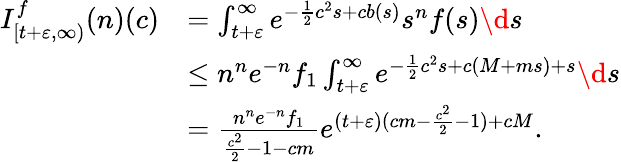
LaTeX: \begin{array}{rl}{I_{[t+\varepsilon,\infty)}^{f}(n)(c)}&{=\int_{t+\varepsilon}^{\infty}e^{-\frac{1}{2}c^{2}s+cb(s)}s^{n}f(s)\d s}\\ &{\leq n^{n}e^{-n}f_{1}\int_{t+\varepsilon}^{\infty}e^{-\frac{1}{2}c^{2}s+c(M+ms)+s}\d s}\\ &{=\frac{n^{n}e^{-n}f_{1}}{\frac{c^{2}}{2}-1-cm}e^{(t+\varepsilon)(cm-\frac{c^{2}}{2}-1)+cM}.}\end{array}